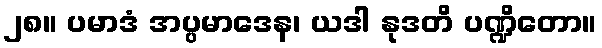
၂၈။ ပမာဒံ အပ္ပမာဒေန၊ ယဒါ နုဒတိ ပဏ္ဍိတော။